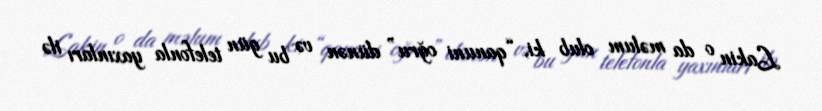
Lakin o da məlum olub ki, “qanuni oğru” dünən və bu gün telefonla yaxınları ilə